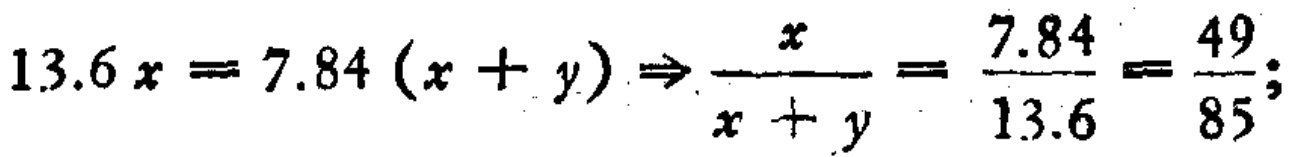
\(13.6x = 7.84(x + y)\Rightarrow\frac{x}{x + y}=\frac{7.84}{13.6}=\frac{49}{85};\)